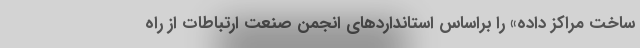
ساخت مراکز داده» را براساس استانداردهای انجمن صنعت ارتباطات از راه